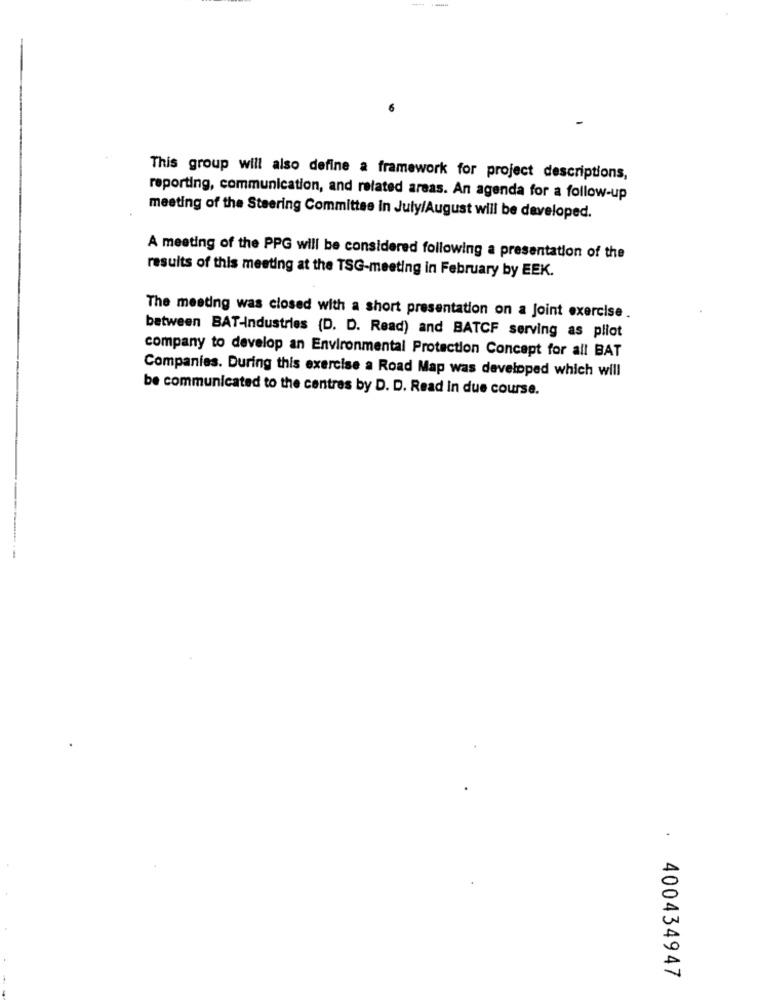
----
This group will also define a framework for project descriptions,
reporting, communication, and related areas. An agenda for a follow-up
meeting of the Steering Committee in July/August will be developed.
A meeting of the PPG will be considered following a presentation of the
results of this meeting at the TSG-meeting in February by EEK.
The meeting was closed with a short presentation on a Joint exercise.
between BAT-Industries (D. D. Read) and BATCF serving as pliot
company to develop an Environmental Protection Concept for all BAT
Companies. During this exercise a Road Map was developed which will
be communicated to the centres by D. D. Read in due course.
.
400434947